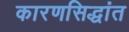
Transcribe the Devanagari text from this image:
कारणसिद्धांत